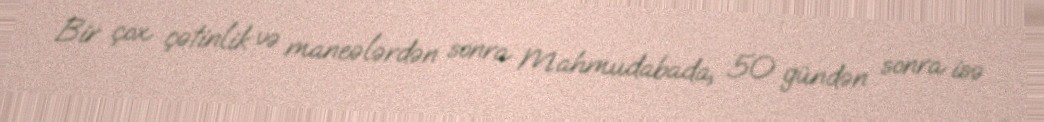
Bir çox çətinlik və maneələrdən sonra Mahmudabada, 50 gündən sonra isə